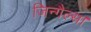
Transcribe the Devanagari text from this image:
जिन्गैल्स।